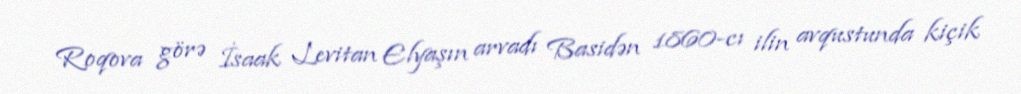
Roqova görə İsaak Levitan Elyaşın arvadı Basidən 1860-cı ilin avqustunda kiçik